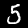
Label: 5